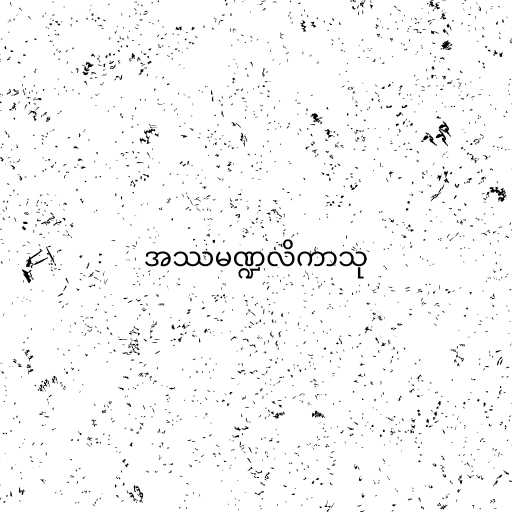
အဿမဏ္ဍလိကာသု